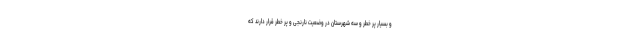
و بسیار پر خطر و سه شهرستان در وضعیت نارنجی و پر خطر قرار دارند که